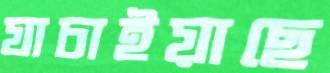
যাচাইয়াছে